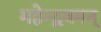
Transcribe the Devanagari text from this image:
महेन्द्रवमन्